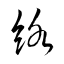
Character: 絡